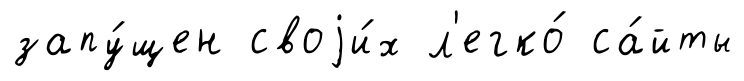
запу́щен своjи́х л'егко́ са́йты